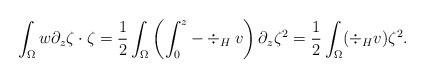
LaTeX: \begin{align*}\int_{\Omega} w\partial_z \zeta \cdot \zeta= \frac{1}{2} \int_{\Omega} \left(\int_0^z -\div_H v\right) \partial_z \zeta^2= \frac{1}{2} \int_{\Omega} (\div_H v) \zeta^2.\end{align*}